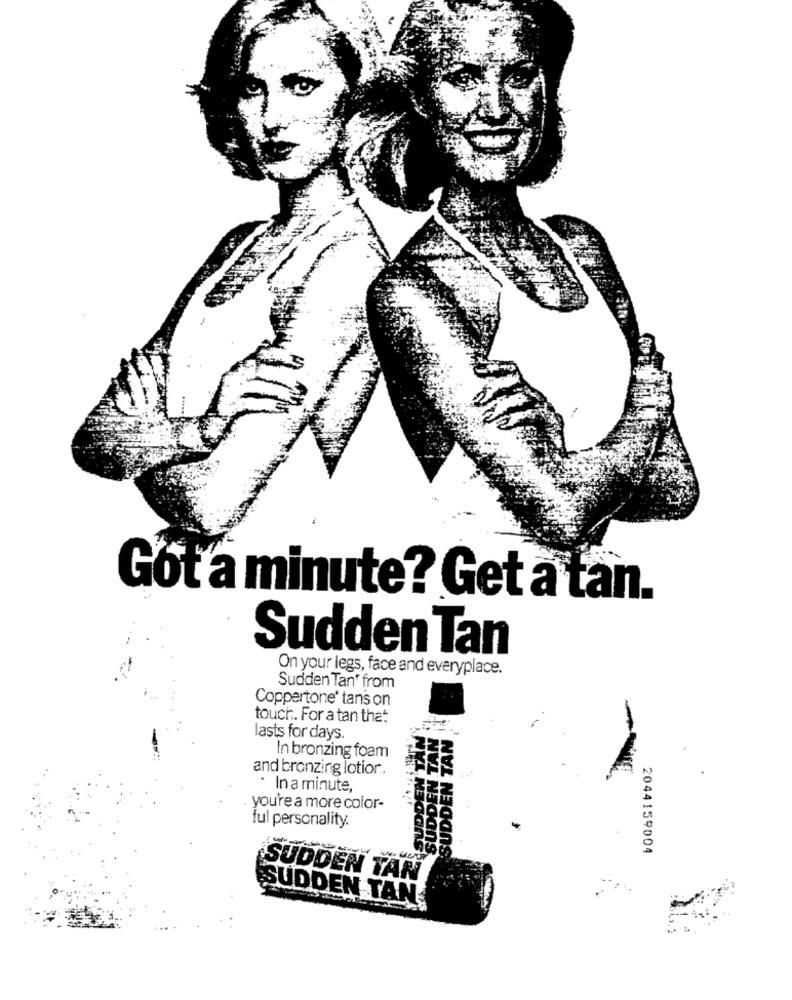
Got a minute? Get à tan.
Sudden Tan
On your legs, face and everyplace.
Sudden Tan' from
Coppertone' tans on
touch .. For a tan that
lasts for days.
In bronzing foam
and bronzing lotior ..
In a minute,
SUDD
you're a more color-
ful personality.
2044159004
SUDDEN TAN
SUDDEN TAN